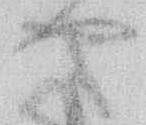
や